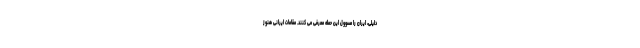
دلیلی، ایران را مسوول این حمله معرفی می کنند. مقامات ایرانی هنوز